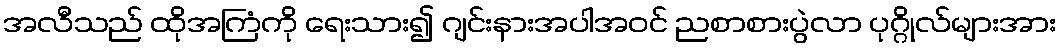
အလီသည် ထိုအကြံကို ရေးသား၍ ဂျင်းနားအပါအဝင် ညစာစားပွဲလာ ပုဂ္ဂိုလ်များအား